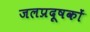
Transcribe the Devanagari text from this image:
जलप्रदूषकों